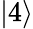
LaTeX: \vert 4\rangle